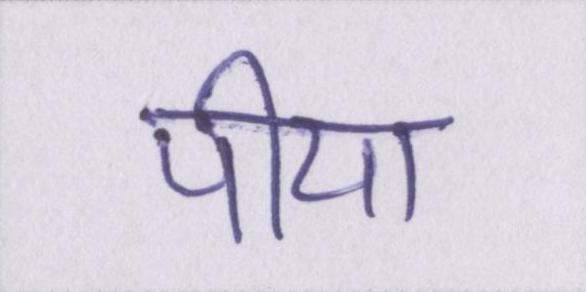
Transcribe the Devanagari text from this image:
पीया